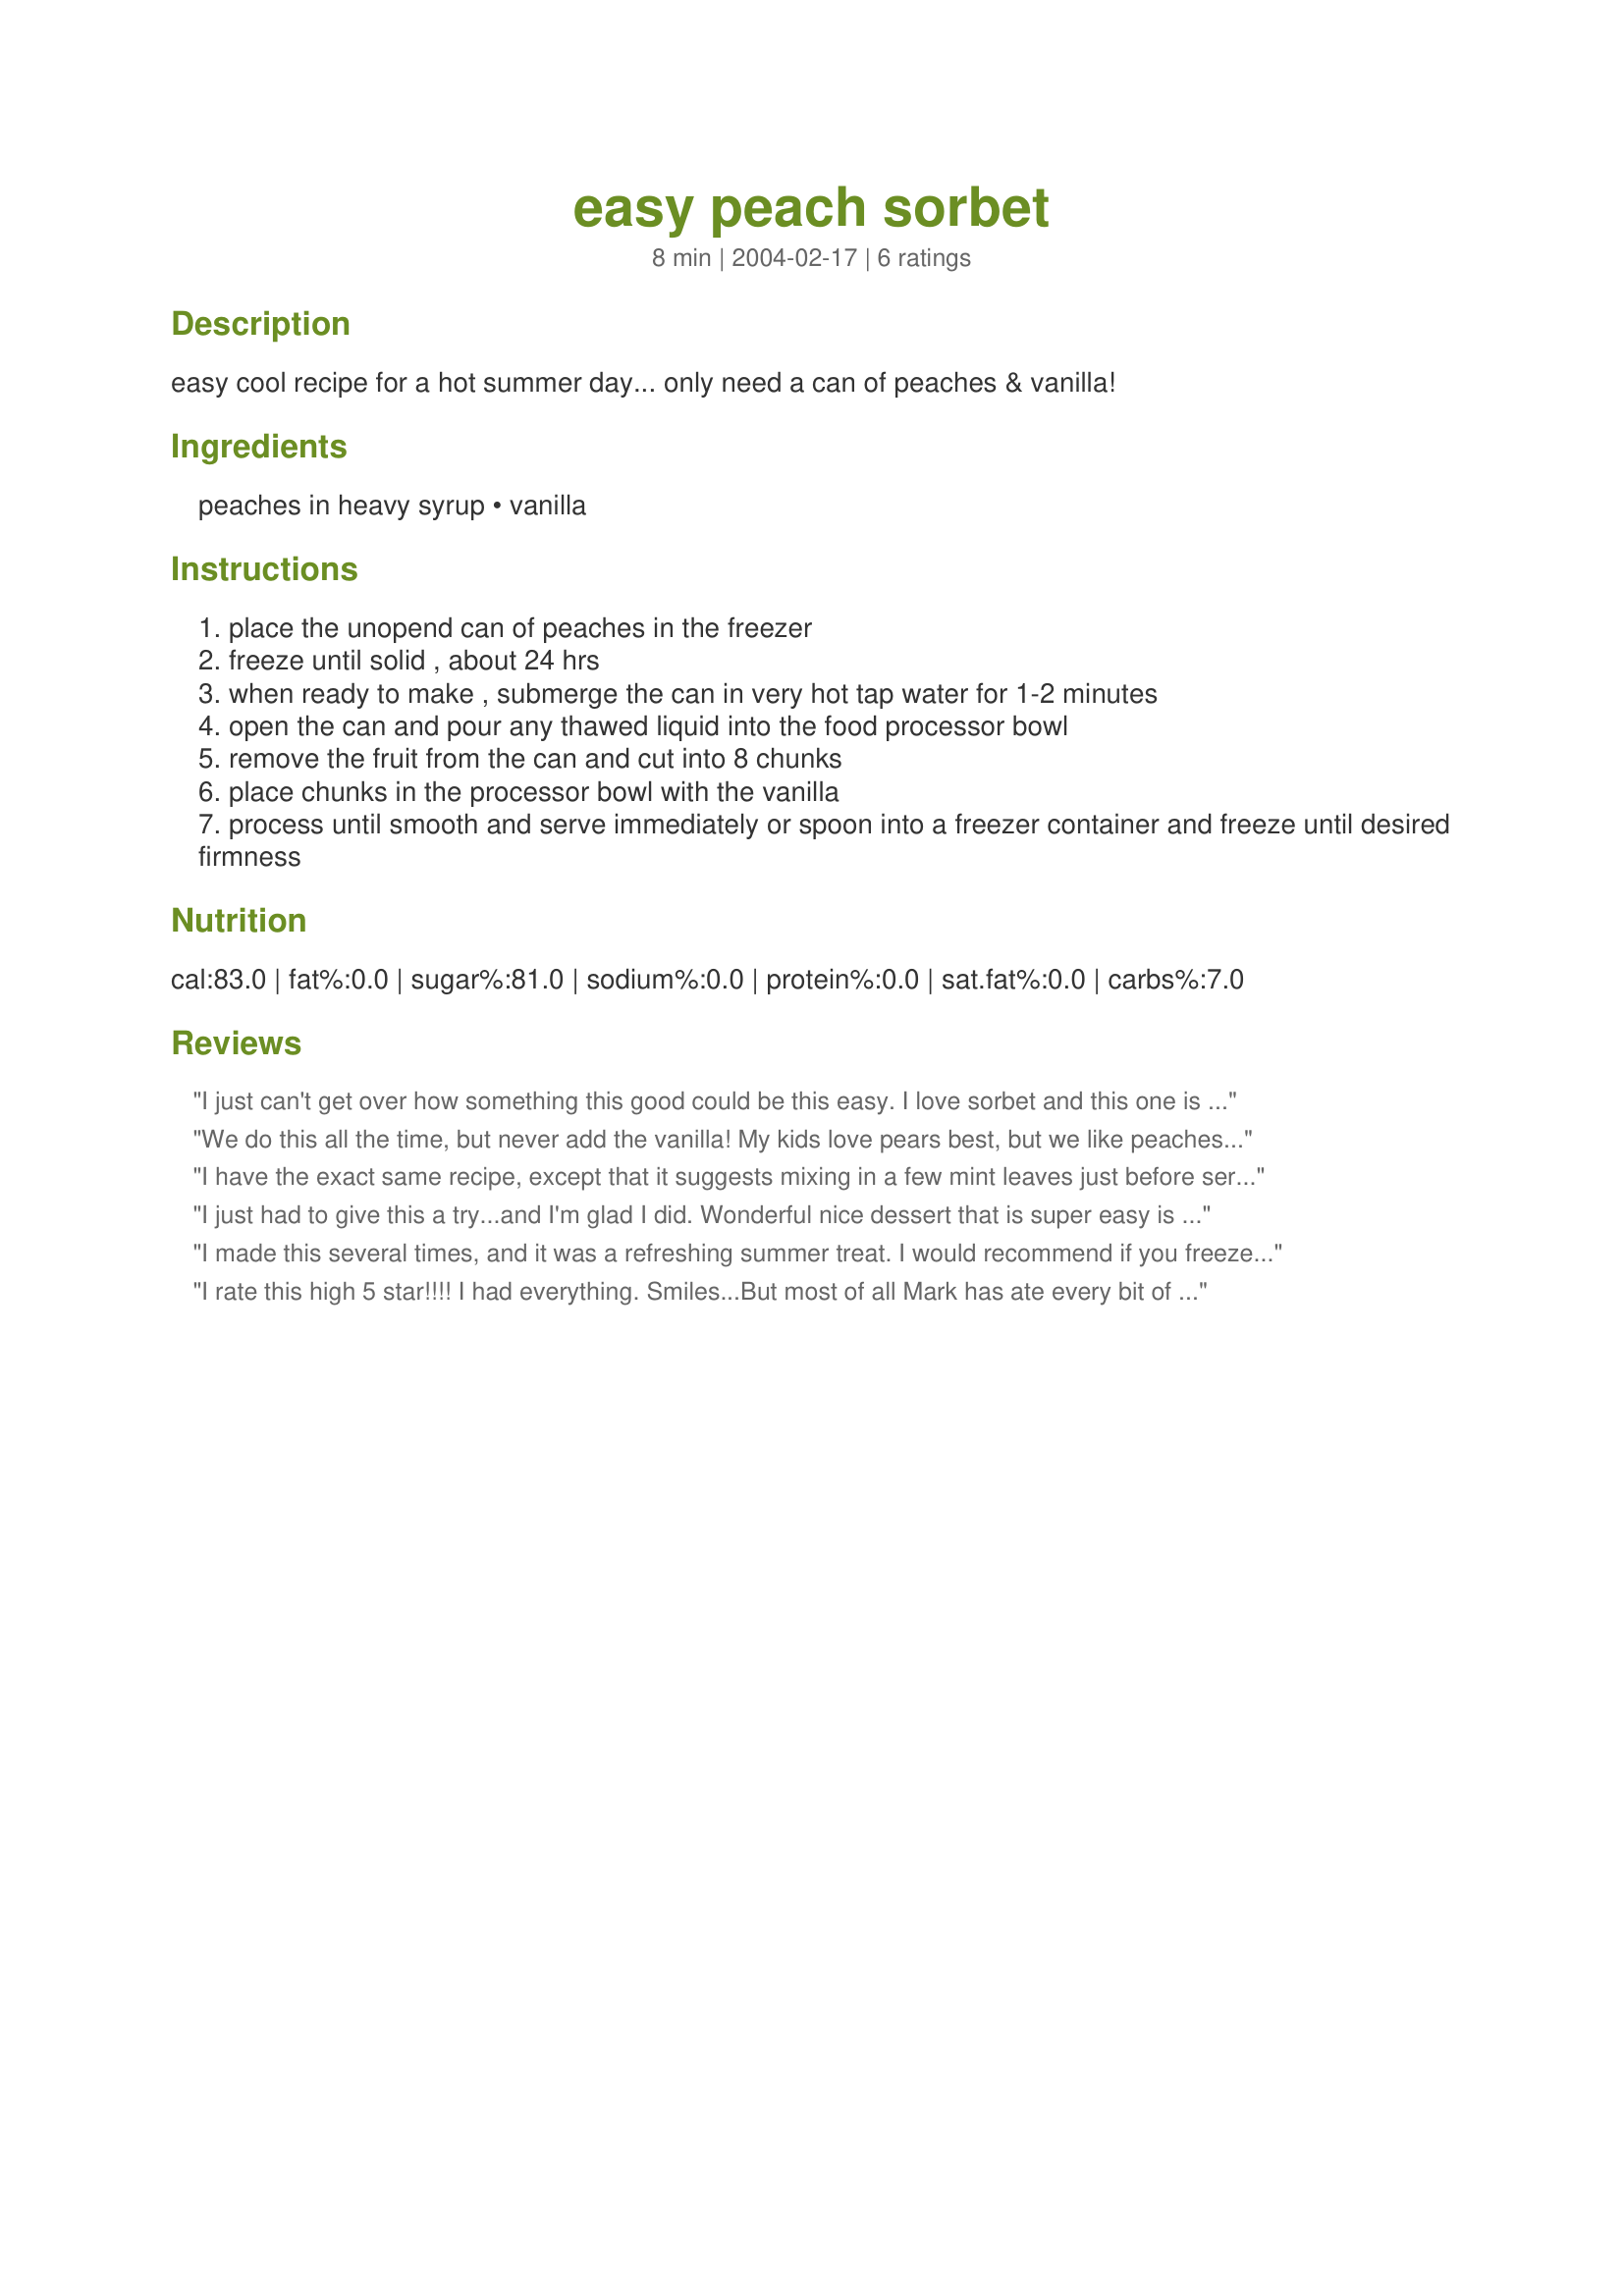
easy peach sorbet
Preparation time: 8 minutes

easy cool recipe for a hot summer day... only need a can of peaches & vanilla!

Ingredients:
peaches in heavy syrup, vanilla

Steps:
place the unopend can of peaches in the freezer
freeze until solid , about 24 hrs
when ready to make , submerge the can in very hot tap water for 1-2 minutes
open the can and pour any thawed liquid into the food processor bowl
remove the fruit from the can and cut into 8 chunks
place chunks in the processor bowl with the vanilla
process until smooth and serve immediately or spoon into a freezer container and freeze until desired firmness

Reviews:
I just can't get over how something this good could be this easy. I love sorbet and this one is great. Thanks for the great recipe.
We do this all the time, but never add the vanilla! My kids love pears best, but we like peaches as well! It never ceases to amaze me how something so easy can be so tasty. Plus it is a nice healthy end to dinner so the kids feel like they are having dessert.
I have the exact same recipe, except that it suggests mixing in a few mint leaves just before serving...lends a lovely delicate taste to the sorbet!
I just had to give this a try...and I'm glad I did. Wonderful nice dessert that is super easy is so much tastier than plain peaches.
I made this several times, and it was a refreshing summer treat. I would recommend if you freeze this again after processing, that you stir it frequently to avoid water crystals forming. Also, a little lemon juice gives a pleasant tartness if wanted.
I rate this high 5 star!!!! I had everything. Smiles...But most of all Mark has ate every bit of it. Very easy and very good. Its recipes like this that keeps sick people happy. Yes..it is very true. Refreshing. Thank You Very much for this recipe.
